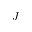
J